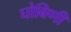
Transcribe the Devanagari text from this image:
घोबिणी